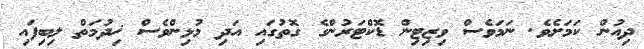
ދިއުން ކަމަށެވެ. ނަމަވެސް ވިޒިޓިން ޑޮކްޓަރުންގެ ގޮތުގައި އަދި މުޅިންވެސް ޚިދުމަތް ލިބިފައި